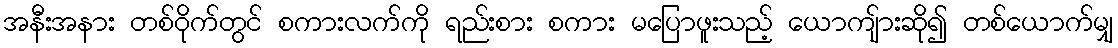
အနီးအနား တစ်ဝိုက်တွင် စကားလက်ကို ရည်းစား စကား မပြောဖူးသည့် ယောကျ်ားဆို၍ တစ်ယောက်မျှ